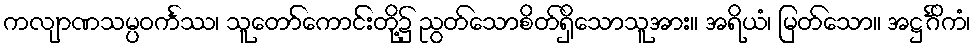
ကလျာဏသမ္ပဝင်္ကဿ၊ သူတော်ကောင်းတို့၌ ညွတ်သောစိတ်ရှိသောသူအား။ အရိယံ၊ မြတ်သော။ အဋ္ဌင်္ဂိကံ၊